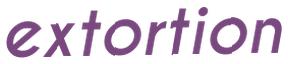
extortion